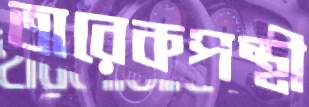
তারেকপন্থী